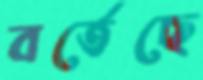
বর্তেছে